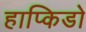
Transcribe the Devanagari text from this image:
हाप्किडो